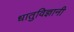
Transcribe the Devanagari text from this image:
धातुविज्ञानी